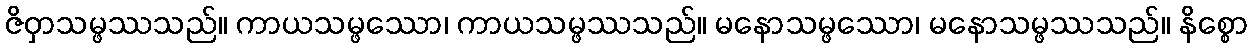
ဇိဝှာသမ္ဖဿသည်။ ကာယသမ္ဖဿော၊ ကာယသမ္ဖဿသည်။ မနောသမ္ဖဿော၊ မနောသမ္ဖဿသည်။ နိစ္စော